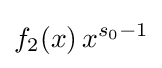
f_{2}(x)\,x^{s_{0}-1}